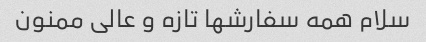
سلام همه سفارشها تازه و عالی ممنون